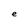
Character: e